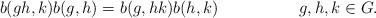
LaTeX: \begin{align*}b(gh,k)b(g,h)=b(g,hk)b(h,k) && g,h,k\in G. \end{align*}